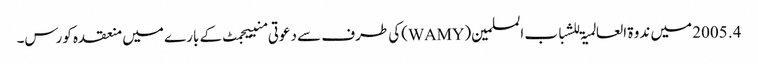
4. 2005 میں ندوۃ العالمیۃ للشباب المسلمین(WAMY)کی طرف سے دعوتی منییجمٹ کے بارے میں منعقدہ کورس۔